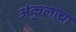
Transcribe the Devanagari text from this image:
अंकुलाचा